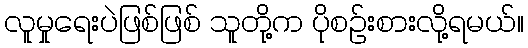
လူမှုရေးပဲဖြစ်ဖြစ် သူတို့က ပိုစဉ်းစားလို့ရမယ်။